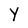
Character: Y